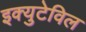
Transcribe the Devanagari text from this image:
इक्युटेविल